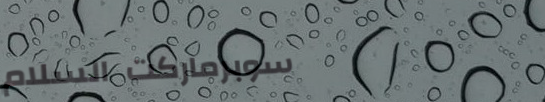
سوبرماركت السلام